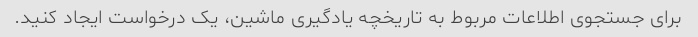
برای جستجوی اطلاعات مربوط به تاریخچه یادگیری ماشین، یک درخواست ایجاد کنید.